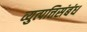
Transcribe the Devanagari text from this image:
व्युत्पत्तिसंबंध